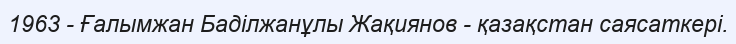
1963 - Ғалымжан Баділжанұлы Жақиянов - қазақстан саясаткері.